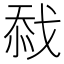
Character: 𢧏